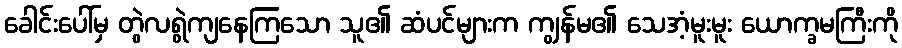
ခေါင်းပေါ်မှ တွဲလရွဲကျနေကြသော သူ၏ ဆံပင်များက ကျွန်မ၏ သေအံ့မူးမူး ယောက္ခမကြီးကို